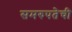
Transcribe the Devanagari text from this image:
समरुपतेची